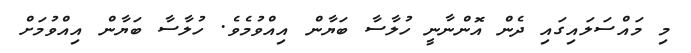
މި މައްސަލައިގައި ދެން އޮންނާނީ ހުލާސާ ބަޔާން އިއްވުމެވެ. ހުލާސާ ބަޔާން އިއްވުމަށް